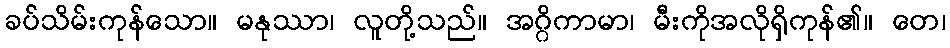
ခပ်သိမ်းကုန်သော။ မနုဿာ၊ လူတို့သည်။ အဂ္ဂိကာမာ၊ မီးကိုအလိုရှိကုန်၏။ တေ၊